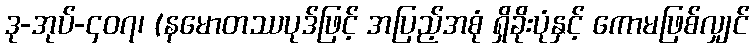
ဒု-အုပ်-၄၀၇၊ (နမောတဿပုဒ်ဖြင့် အပြည့်အစုံ ရှိခိုးပုံနှင့် ကောမဖြစ်လျှင်